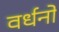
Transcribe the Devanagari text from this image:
वर्धनो